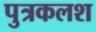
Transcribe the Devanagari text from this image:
पुत्रकलश